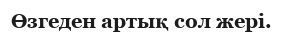
Өзгеден артық сол жері.